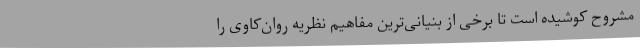
مشروح کوشیده است تا برخی از بنیانی‌ترین مفاهیم نظریه‌ روان‌کاوی را